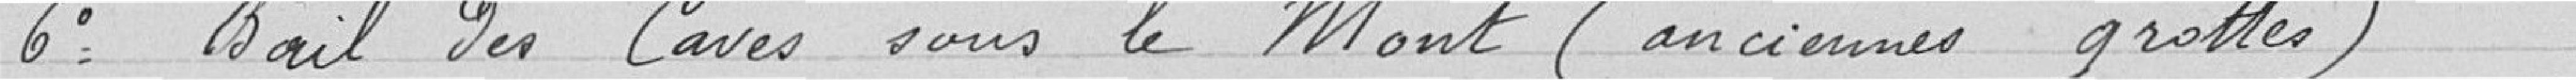
6° Bail des caves sous le Mont (anciennes grottes)